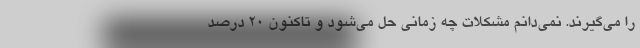
را می‌گیرند. نمی‌دانم مشکلات چه زمانی حل می‌شود و تاکنون 20 درصد